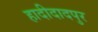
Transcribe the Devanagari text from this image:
हादीदादपुर